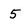
Character: 5